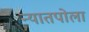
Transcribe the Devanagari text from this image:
न्यातपोला